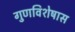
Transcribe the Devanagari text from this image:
गुणविशेषास